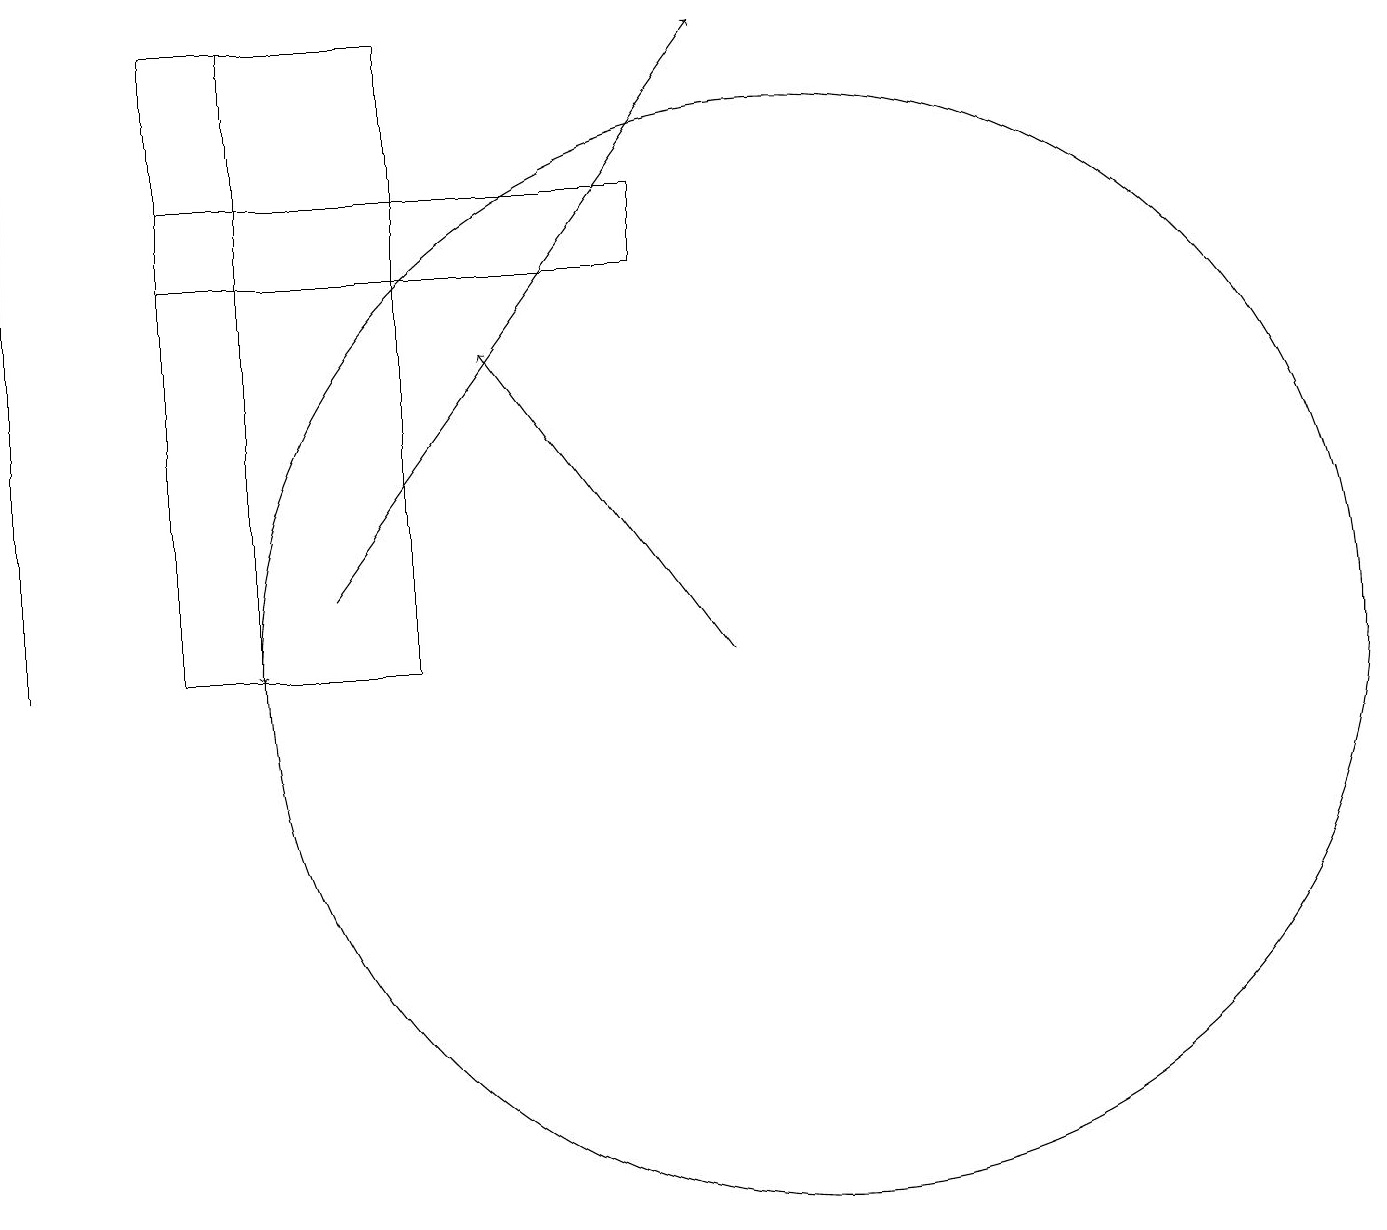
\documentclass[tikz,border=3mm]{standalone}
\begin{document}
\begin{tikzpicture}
\draw[->] (9,10) -- (6,14);
\draw (10,10) circle (7);
\draw (2,15) rectangle (8,16);
\draw (2,10) rectangle (5,18);
\draw[->] (4,11) -- (9,18);
\draw (0,17) rectangle (0,10);
\draw[->] (3,18) -- (3,10);
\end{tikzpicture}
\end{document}